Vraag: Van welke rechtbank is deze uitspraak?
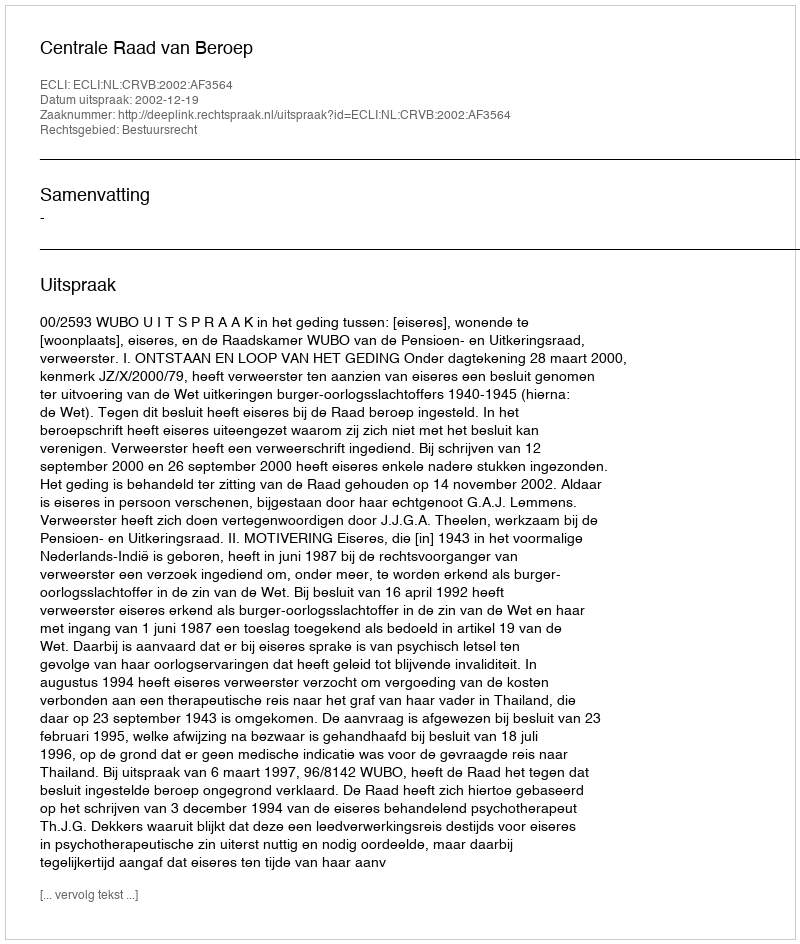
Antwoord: Centrale Raad van Beroep